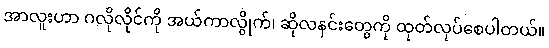
အာလူးဟာ ဂလိုလိုင်ကို အယ်ကာလွိုက်၊ ဆိုလနင်းတွေကို ထုတ်လုပ်စေပါတယ်။